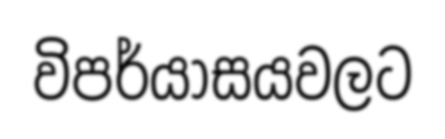
විපර්යාසයවලට